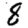
Digit: 8